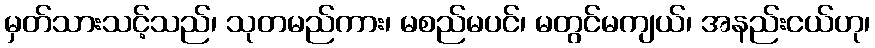
မှတ်သားသင့်သည်၊ သုတမည်ကား၊ မစည်မပင်၊ မတွင်မကျယ်၊ အနည်းငယ်ဟု၊